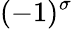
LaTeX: (-1)^{\sigma}